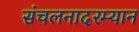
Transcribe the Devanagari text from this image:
संचलनादरम्यान